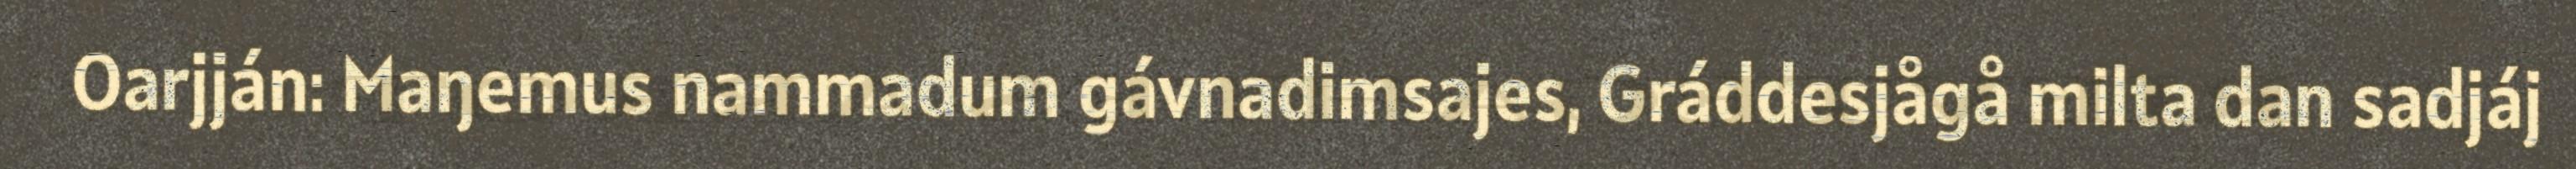
Oarjján: Maŋemus nammadum gávnadimsajes, Gráddesjågå milta dan sadjáj